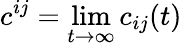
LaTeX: c^{ij}=\operatorname*{lim}_{t\to\infty}c_{ij}(t)